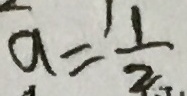
a = \frac { 1 } { 2 }